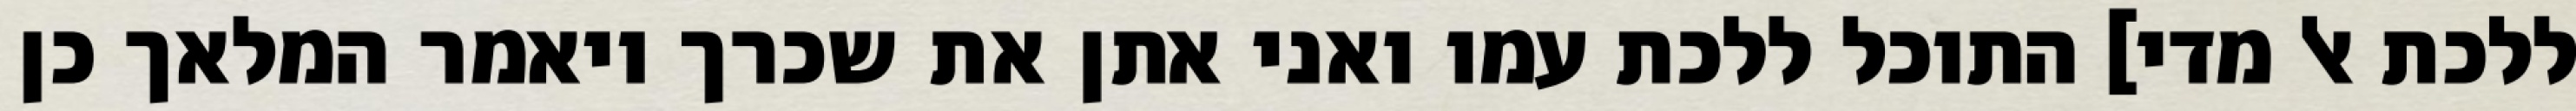
ללכת אל מדי] התוכל ללכת עמו ואני אתן את שכרך ויאמר המלאך כן